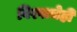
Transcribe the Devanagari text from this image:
विश्वाचेही